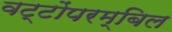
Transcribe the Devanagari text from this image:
वट्टोंपरम्बिल